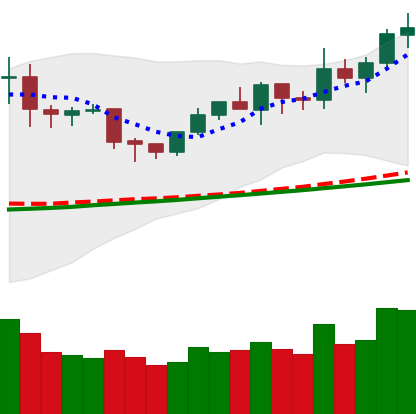
Ticker: NEO-USD
Chart end date: 2020-02-06
Forward return: 7.01%
Label: up_7plus